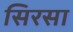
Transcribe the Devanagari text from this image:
सिरसा